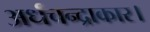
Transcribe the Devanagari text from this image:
अर्धचन्द्राकार।